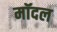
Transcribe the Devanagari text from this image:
मॉदल